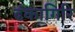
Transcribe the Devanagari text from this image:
ढंकागिरि